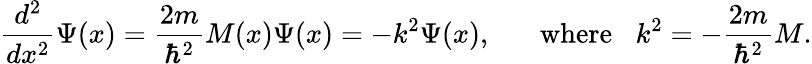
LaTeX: {\frac{d^{2}}{dx^{2}}}\Psi(x)={\frac{2m}{\hbar^{2}}}M(x)\Psi(x)=-k^{2}\Psi(x),\; \; \; \; \; \; \mathrm{where}\; \; \; k^{2}=-{\frac{2m}{\hbar^{2}}}M.